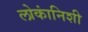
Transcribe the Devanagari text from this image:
लोकांनिशी